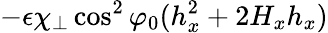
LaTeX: -\epsilon\chi_{\perp}\cos^{2}\varphi_{0}(h_{x}^{2}+2H_{x}h_{x})